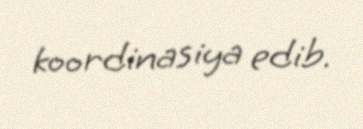
koordinasiya edib.